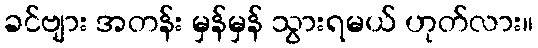
ခင်ဗျား အတန်း မှန်မှန် သွားရမယ် ဟုတ်လား။